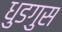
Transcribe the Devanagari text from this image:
धुडगुस